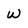
Character: w